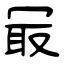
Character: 冣